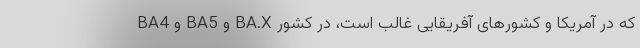
BA4 و BA5 و BA.X که در آمریکا و کشورهای آفریقایی غالب است، در کشور